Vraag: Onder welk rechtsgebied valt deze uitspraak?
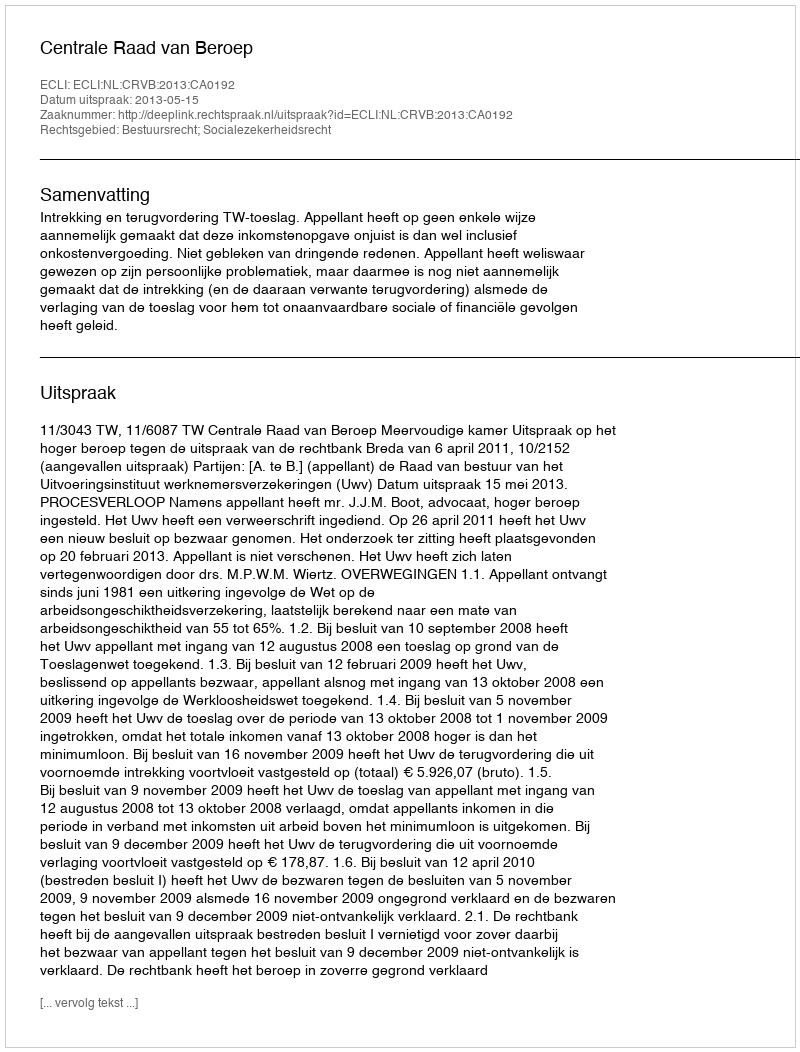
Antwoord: Bestuursrecht; Socialezekerheidsrecht